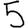
Digit: 5